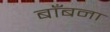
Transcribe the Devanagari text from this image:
बाँबना